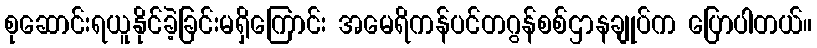
စုဆောင်းရယူနိုင်ခဲ့ခြင်းမရှိကြောင်း အမေရိကန်ပင်တဂွန်စစ်ဌာနချုပ်က ပြောပါတယ်။